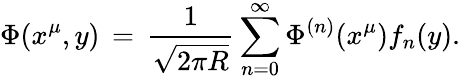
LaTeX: \Phi(x^{\mu},y)\, =\, {\frac{1}{\sqrt{2\pi R}}}\sum_{n=0}^{\infty}\Phi^{(n)}(x^{\mu})f_{n}(y).